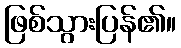
ဖြစ်သွားပြန်၏။